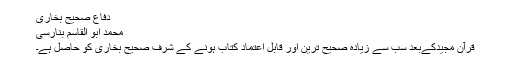
دفاع صحیح بخاری
محمد ابو القاسم بنارسی
قرآن مجيدکےبعد سب سے زیادہ صحیح ترین اور قابل اعتماد کتاب ہونے کے شرف صحیح بخاری کو حاصل ہے۔